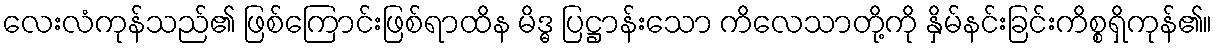
လေးလံကုန်သည်၏ ဖြစ်ကြောင်းဖြစ်ရာထိန မိဒ္ဓ ပြဋ္ဌာန်းသော ကိလေသာတို့ကို နှိမ်နင်းခြင်းကိစ္စရှိကုန်၏။